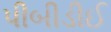
પીબીડીઈ